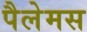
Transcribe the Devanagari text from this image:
पैलेमस